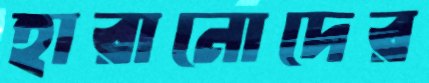
হারানোদের